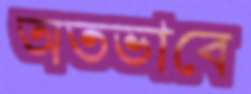
অতভাবে